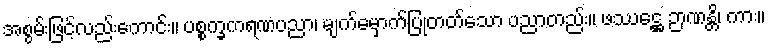
အစွမ်းဖြင့်လည်းကောင်း။ ပစ္စက္ခကရဏပညာ၊ မျက်မှောက်ပြုတတ်သော ပညာတည်း။ ဖဿဋ္ဌေ ဉာဏန္တိ၊ ကား။